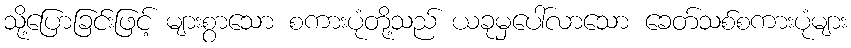
သို့ပြောခြင်းဖြင့် များစွာသော စကားပုံတို့သည် ယခုမှပေါ်လာသော ခေတ်သစ်စကားပုံများ